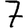
Digit: 7